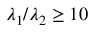
\lambda _ { 1 } / \lambda _ { 2 } \geq 1 0